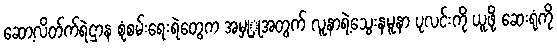
ဆော့လိတ်က်ရဲဌာန စုံစမ်းရေးရဲတွေက အမှုှုအတွက် လူနာရဲ့သွေးနမူနာ ပုလင်းကို ယူဖို့ ဆေးရုံကို